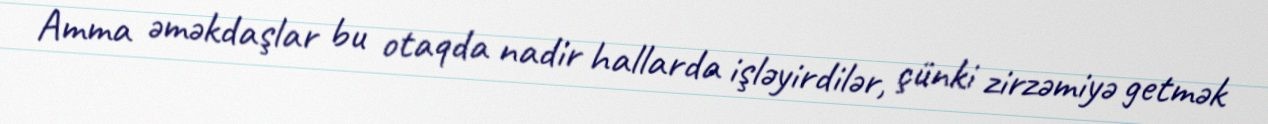
Amma əməkdaşlar bu otaqda nadir hallarda işləyirdilər, çünki zirzəmiyə getmək